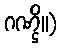
ဂဏ္ဌိ။)